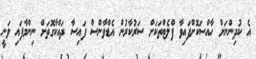
އެ ކުދިންނަށް ހާއްސަކޮށްފައިވާ ފްލެޓްތަކަށް ސަރުކާރުން އެޑްވާންސް ފައިސާ ދައްކާގޮތަށް ނިންމާފައި ވަނީ